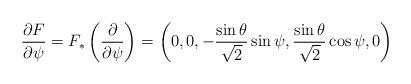
LaTeX: \begin{align*}\frac{\partial F}{\partial\psi}= F_{\ast}\left(\frac{\partial}{\partial\psi}\right)=\left(0, 0, -\frac{\sin\theta}{\sqrt{2}}\sin\psi,\frac{\sin\theta}{\sqrt{2}}\cos\psi, 0\right) \end{align*}